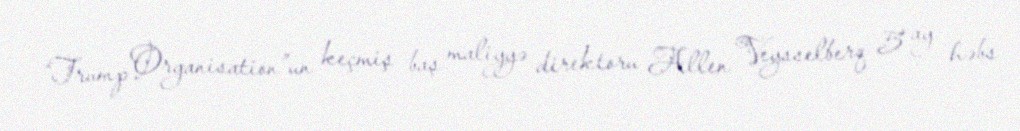
“Trump Organisation”un keçmiş baş maliyyə direktoru Allen Veysselberq 5 ay həbs